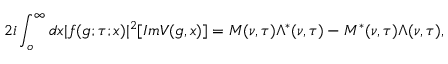
2 i \int _ { o } ^ { \infty } d x | f ( g ; \tau ; x ) | ^ { 2 } [ I m V ( g , x ) ] = M ( \nu , \tau ) \Lambda ^ { * } ( \nu , \tau ) - M ^ { * } ( \nu , \tau ) \Lambda ( \nu , \tau ) ,